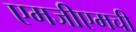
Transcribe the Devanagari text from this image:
एमजीएमची